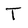
Character: T